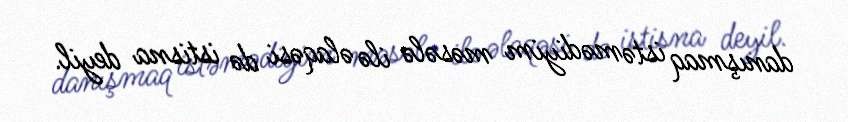
danışmaq istəmədiyim məsələ ilə əlaqəsi də istisna deyil.